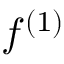
f ^ { ( 1 ) }